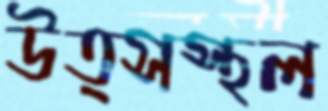
উত্সস্থল